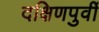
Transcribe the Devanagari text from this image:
दक्षिणपुर्वी